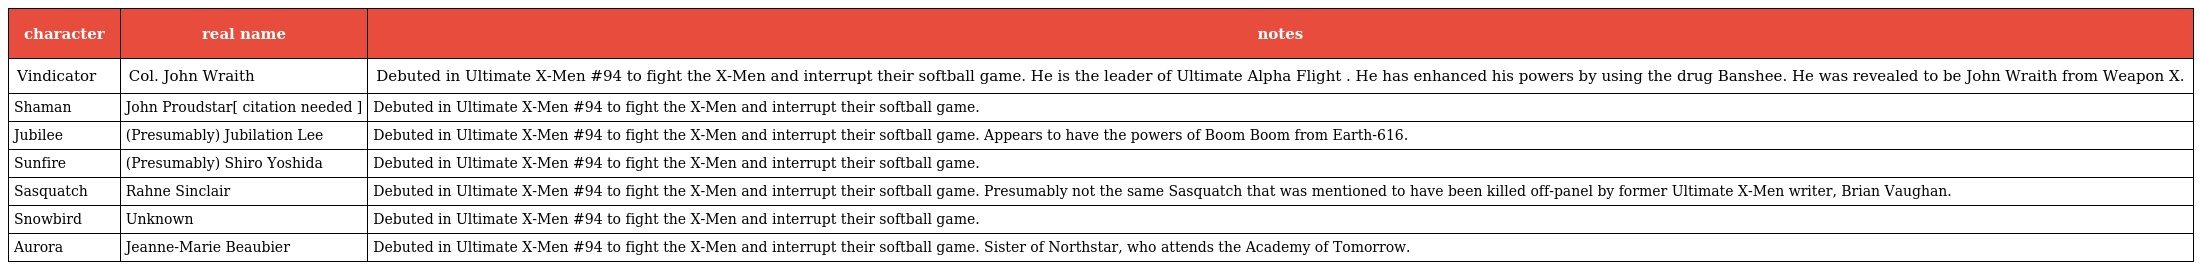
| character | real name | notes |
 | --- | --- | --- |
 | Vindicator | Col. John Wraith | Debuted in Ultimate X-Men #94 to fight the X-Men and interrupt their softball game. He is the leader of Ultimate Alpha Flight . He has enhanced his powers by using the drug Banshee. He was revealed to be John Wraith from Weapon X. |
 | Shaman | John Proudstar[ citation needed ] | Debuted in Ultimate X-Men #94 to fight the X-Men and interrupt their softball game. |
 | Jubilee | (Presumably) Jubilation Lee | Debuted in Ultimate X-Men #94 to fight the X-Men and interrupt their softball game. Appears to have the powers of Boom Boom from Earth-616. |
 | Sunfire | (Presumably) Shiro Yoshida | Debuted in Ultimate X-Men #94 to fight the X-Men and interrupt their softball game. |
 | Sasquatch | Rahne Sinclair | Debuted in Ultimate X-Men #94 to fight the X-Men and interrupt their softball game. Presumably not the same Sasquatch that was mentioned to have been killed off-panel by former Ultimate X-Men writer, Brian Vaughan. |
 | Snowbird | Unknown | Debuted in Ultimate X-Men #94 to fight the X-Men and interrupt their softball game. |
 | Aurora | Jeanne-Marie Beaubier | Debuted in Ultimate X-Men #94 to fight the X-Men and interrupt their softball game. Sister of Northstar, who attends the Academy of Tomorrow. |